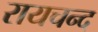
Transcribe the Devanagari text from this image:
रायचन्द